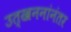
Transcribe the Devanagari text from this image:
उत्खननांनंतर